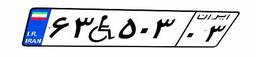
۶۳W۵۰۳۰۳